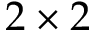
2 \times 2